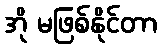
အို မဖြစ်နိုင်တာ